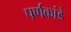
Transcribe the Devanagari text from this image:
पर्णकांडे